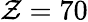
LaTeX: \mathcal{Z}=70